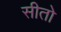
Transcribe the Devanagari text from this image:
सीतो